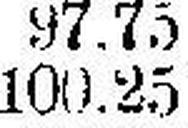
100.25